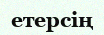
етерсің